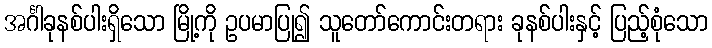
အင်္ဂါခုနစ်ပါးရှိသော မြို့ကို ဥပမာပြု၍ သူတော်ကောင်းတရား ခုနစ်ပါးနှင့် ပြည့်စုံသော